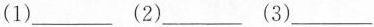
(1)___(2)___(3)___